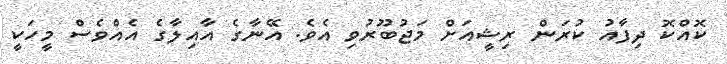
ކޮއްކޮ ދިފާއު ކުރަން ރިޝީއަށް މަޖުބޫރުވި އެވެ. އޭނާގެ އާއިލާގެ އެއްވެސް މީހަކީ